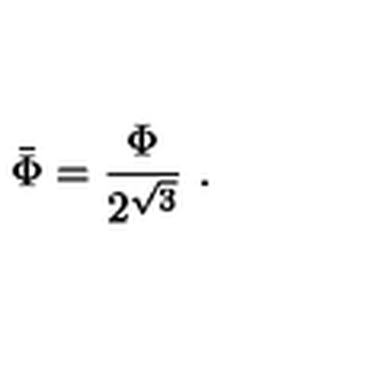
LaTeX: \bar { \Phi } = \frac { \Phi } { 2 ^ { \sqrt { 3 } } } \ .